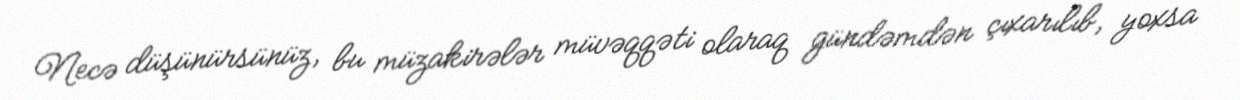
Necə düşünürsünüz, bu müzakirələr müvəqqəti olaraq gündəmdən çıxarılıb, yoxsa